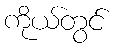
ကိုယ်တွင်